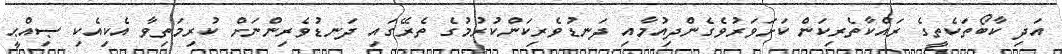
އަދި ކާބޯތަކެތީގެ ރައްކާތެރިކަން ކަށަވަރުވެގެންދިއުމާއި ދަނޑުވެރިކަންކުރުމުގެ ތެރޭގައި ދަނޑުވެރިންނަށް ކުރިމަތިވާ އެކިއެކި ޞިއްޙީ